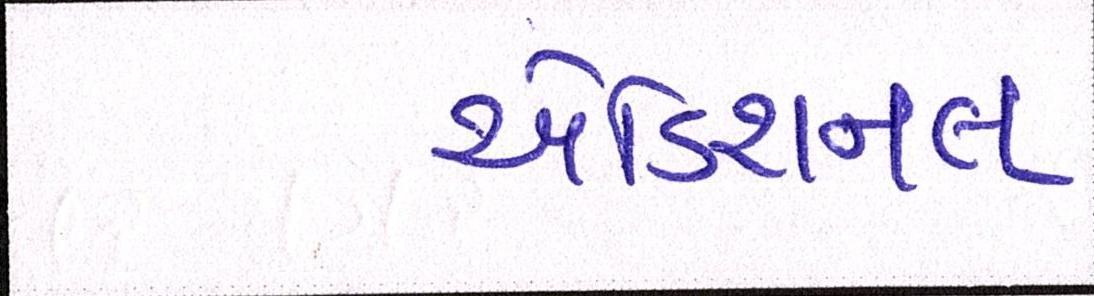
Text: એડિશનલ